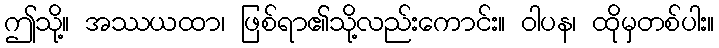
ဤသို့။ အဿယထာ၊ ဖြစ်ရာ၏သို့လည်းကောင်း။ ဝါပန၊ ထိုမှတစ်ပါး။